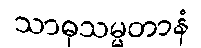
သာဓုသမ္မတာနံ